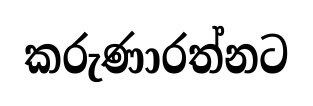
කරුණාරත්නට